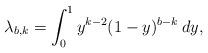
LaTeX: \begin{align*}\lambda_{b,k} = \int_0^1 y^{k-2} (1-y)^{b-k} \: dy,\end{align*}